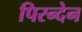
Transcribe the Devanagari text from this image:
पिरन्देन